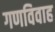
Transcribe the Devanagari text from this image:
गणविवाह